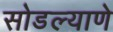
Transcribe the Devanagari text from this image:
सोडल्याणे